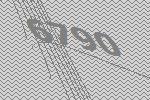
6790